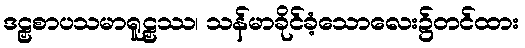
ဒဠှစာပသမာရူဠှဿ၊ သန်မာခိုင်ခံ့သောလေး၌တင်ထား